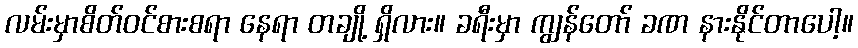
လမ်းမှာစိတ်ဝင်စားစရာ နေရာ တချို့ ရှိလား။ ခရီးမှာ ကျွန်တော် ခဏ နားနိုင်တာပေါ့။